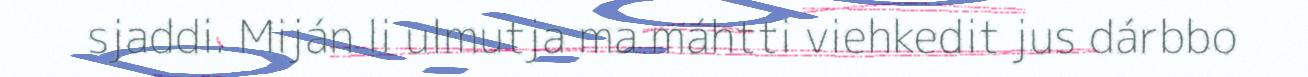
sjaddi. Miján li ulmutja ma máhtti viehkedit jus dárbbo